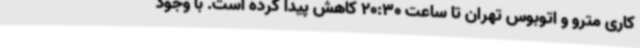
کاری مترو و اتوبوس تهران تا ساعت 20:30 کاهش پیدا کرده است. با وجود